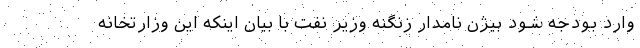
وارد بودجه شود بیژن نامدار زنگنه وزیر نفت با بیان اینکه این وزارتخانه